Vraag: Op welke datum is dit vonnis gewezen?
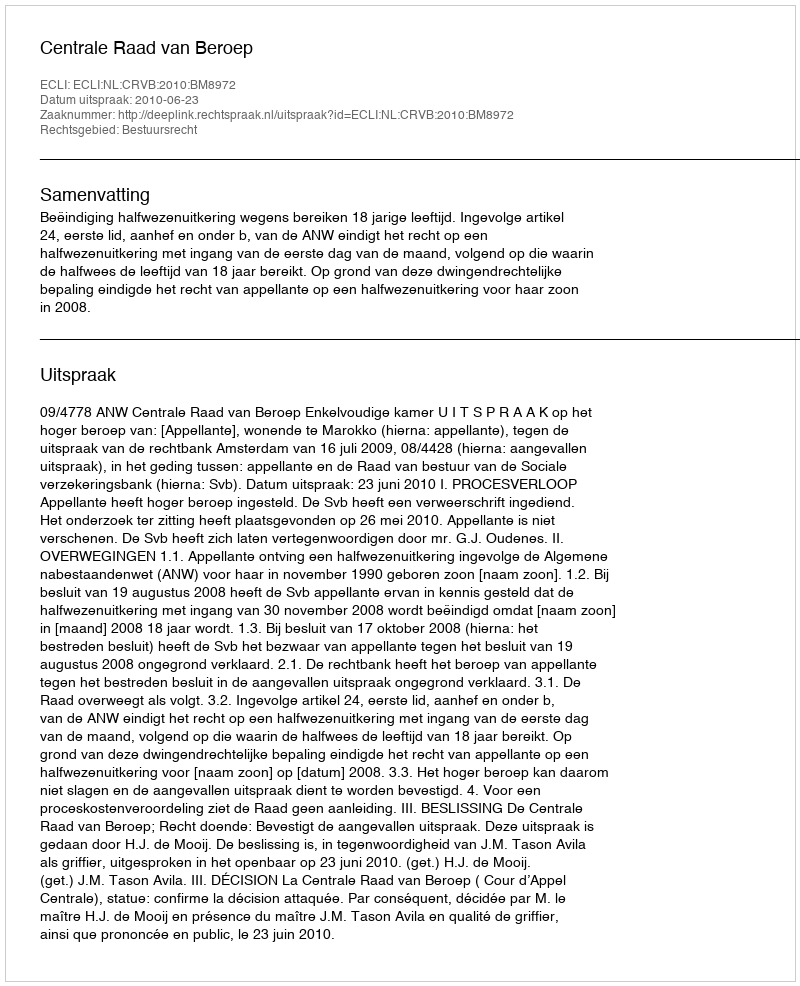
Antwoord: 2010-06-23